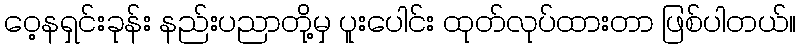
ဝေ့နရှင်းခုန်း နည်းပညာတို့မှ ပူးပေါင်း ထုတ်လုပ်ထားတာ ဖြစ်ပါတယ်။